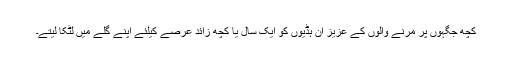
کچھ جگہوں پر مرنے والوں کے عزیز ان ہڈیوں کو ایک سال یا کچھ زائد عرصے کیلئے اپنے گلے میں لٹکا لیتے۔